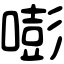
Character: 嘭